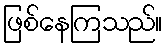
ဖြစ်နေကြသည်။